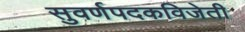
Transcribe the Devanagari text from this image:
सुवर्णपदकविजेती